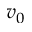
v _ { 0 }